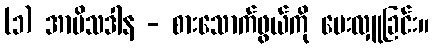
(၁) အာမိသဒါန - စားသောက်ဖွယ်ကို ပေးလှူခြင်း။